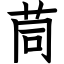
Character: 茼